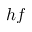
h f